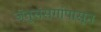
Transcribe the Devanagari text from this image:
जंतुसंसर्गापासून